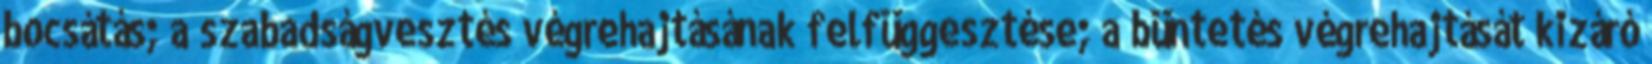
bocsátás; a szabadságvesztés végrehajtásának felfüggesztése; a büntetés végrehajtását kizáró